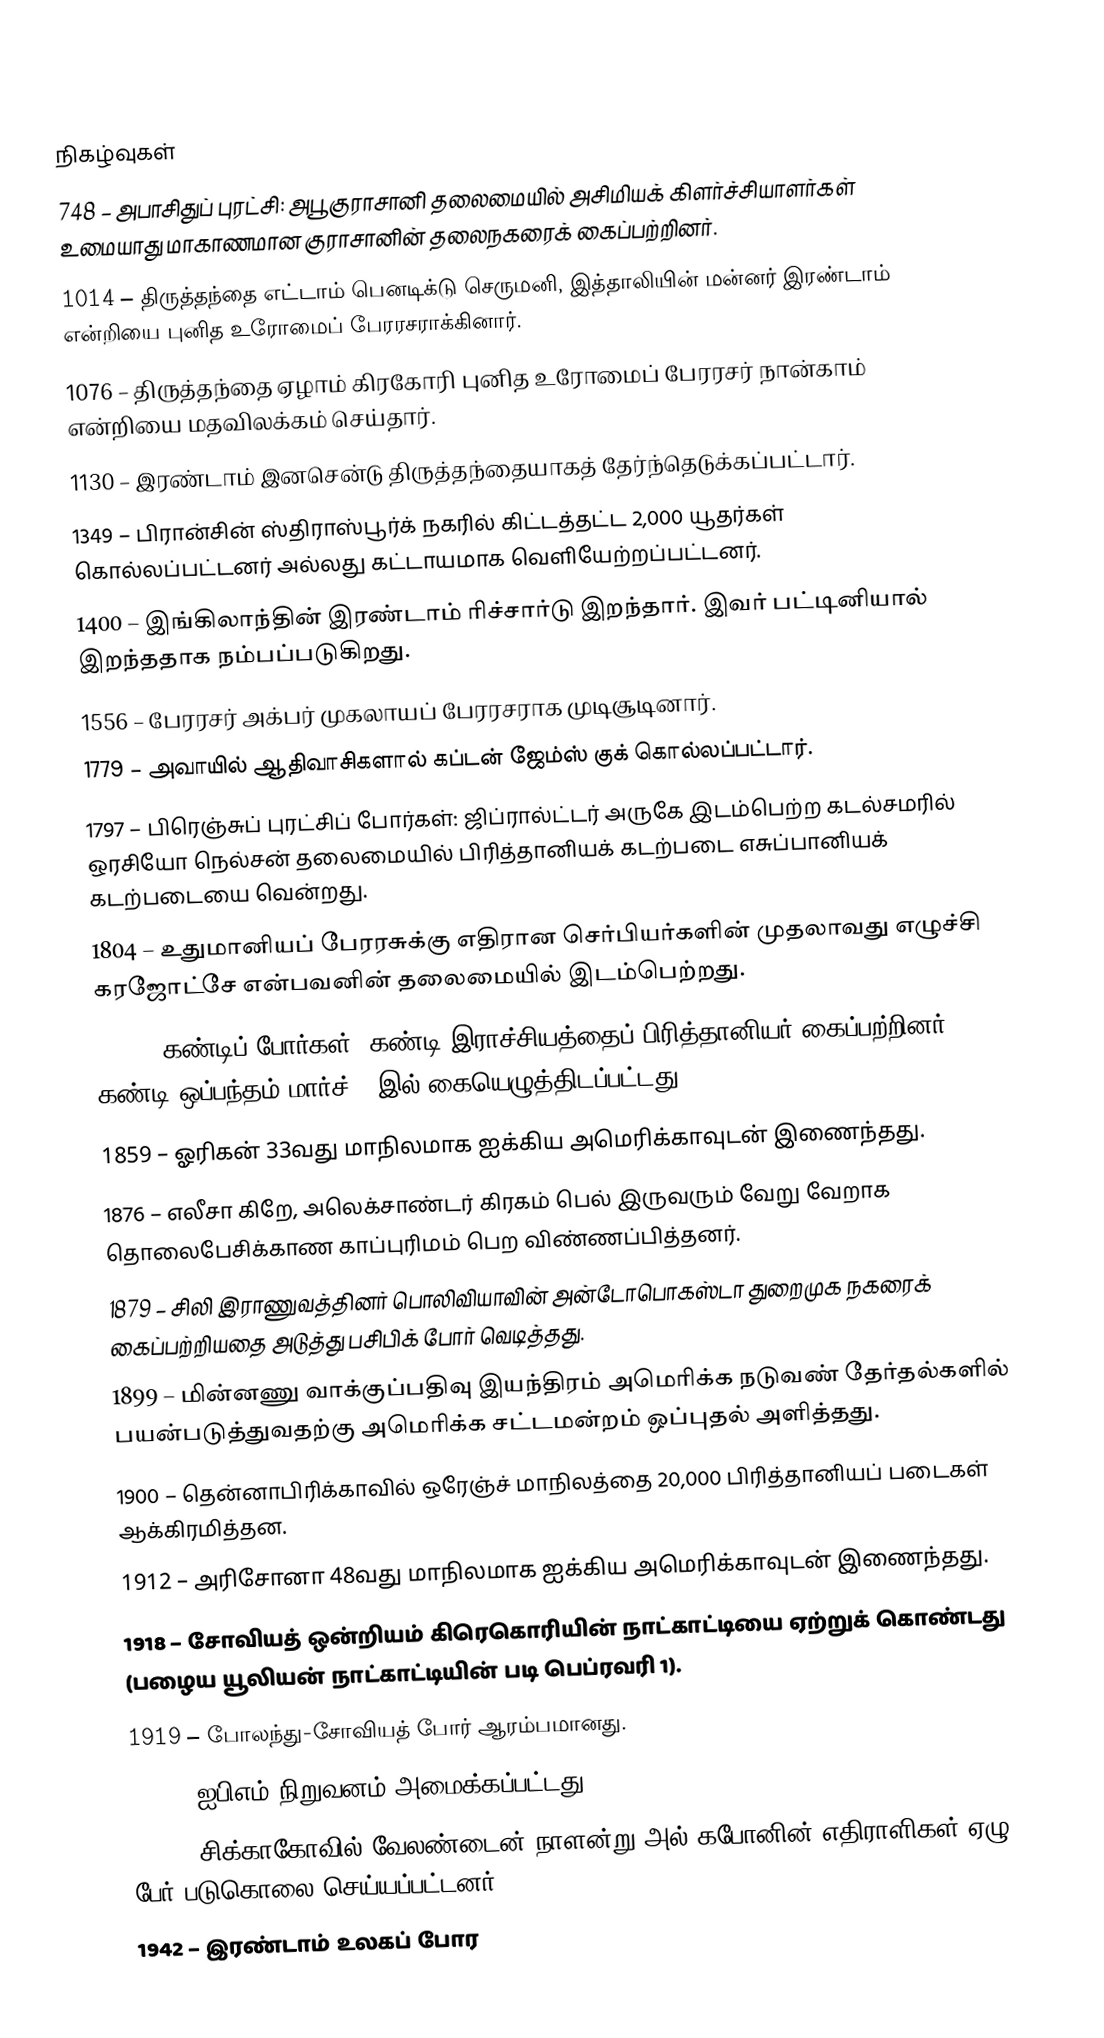

நிகழ்வுகள்
 748 – அபாசிதுப் புரட்சி: அபூ குராசானி தலைமையில் அசிமியக் கிளர்ச்சியாளர்கள் உமையாது மாகாணமான குராசானின் தலைநகரைக் கைப்பற்றினர்.
1014 – திருத்தந்தை எட்டாம் பெனடிக்டு செருமனி, இத்தாலியின் மன்னர் இரண்டாம் என்றியை புனித உரோமைப் பேரரசராக்கினார்.
1076 – திருத்தந்தை ஏழாம் கிரகோரி புனித உரோமைப் பேரரசர் நான்காம் என்றியை மதவிலக்கம் செய்தார்.
1130 – இரண்டாம் இனசென்டு திருத்தந்தையாகத் தேர்ந்தெடுக்கப்பட்டார்.
1349 – பிரான்சின் ஸ்திராஸ்பூர்க் நகரில் கிட்டத்தட்ட 2,000 யூதர்கள் கொல்லப்பட்டனர் அல்லது கட்டாயமாக வெளியேற்றப்பட்டனர்.
1400 – இங்கிலாந்தின் இரண்டாம் ரிச்சார்டு இறந்தார். இவர் பட்டினியால் இறந்ததாக நம்பப்படுகிறது.
1556 – பேரரசர் அக்பர் முகலாயப் பேரரசராக முடிசூடினார்.
1779 – அவாயில் ஆதிவாசிகளால் கப்டன் ஜேம்ஸ் குக் கொல்லப்பட்டார்.
1797 – பிரெஞ்சுப் புரட்சிப் போர்கள்: ஜிப்ரால்ட்டர் அருகே இடம்பெற்ற கடல்சமரில் ஒரசியோ நெல்சன் தலைமையில் பிரித்தானியக் கடற்படை எசுப்பானியக் கடற்படையை வென்றது.
1804 – உதுமானியப் பேரரசுக்கு எதிரான செர்பியர்களின் முதலாவது எழுச்சி கரஜோட்சே என்பவனின் தலைமையில் இடம்பெற்றது.
1815 – கண்டிப் போர்கள்: கண்டி இராச்சியத்தைப் பிரித்தானியர் கைப்பற்றினர். கண்டி ஒப்பந்தம் மார்ச் 2 இல் கையெழுத்திடப்பட்டது.
1859 – ஓரிகன் 33வது மாநிலமாக ஐக்கிய அமெரிக்காவுடன் இணைந்தது.
1876 – எலீசா கிறே, அலெக்சாண்டர் கிரகம் பெல் இருவரும் வேறு வேறாக தொலைபேசிக்காண காப்புரிமம் பெற விண்ணப்பித்தனர்.
1879 – சிலி இராணுவத்தினர் பொலிவியாவின் அன்டோபொகஸ்டா துறைமுக நகரைக் கைப்பற்றியதை அடுத்து பசிபிக் போர் வெடித்தது.
1899 – மின்னணு வாக்குப்பதிவு இயந்திரம் அமெரிக்க நடுவண் தேர்தல்களில் பயன்படுத்துவதற்கு அமெரிக்க சட்டமன்றம் ஒப்புதல் அளித்தது.
1900 – தென்னாபிரிக்காவில் ஒரேஞ்ச் மாநிலத்தை 20,000 பிரித்தானியப் படைகள் ஆக்கிரமித்தன.
1912 – அரிசோனா 48வது மாநிலமாக ஐக்கிய அமெரிக்காவுடன் இணைந்தது.
1918 – சோவியத் ஒன்றியம் கிரெகொரியின் நாட்காட்டியை ஏற்றுக் கொண்டது (பழைய யூலியன் நாட்காட்டியின் படி பெப்ரவரி 1).
1919 – போலந்து-சோவியத் போர் ஆரம்பமானது.
1924 – ஐபிஎம் நிறுவனம் அமைக்கப்பட்டது.
1929 – சிக்காகோவில் வேலண்டைன் நாளன்று அல் கபோனின் எதிராளிகள் ஏழு பேர் படுகொலை செய்யப்பட்டனர்.
1942 – இரண்டாம் உலகப் போர